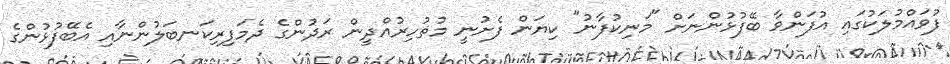
ފުވައްމުލަކުގައި އުފަންވާ ބޭފުޅުންނަށް "މަނިކުފާނު" ކިޔަން ފެށުނީ މުޡުހިރުއްދީން ރަދުންގެ ދެމަފިރިކަނބަލުންނާއި އެބޭފުޅުންގެ